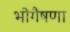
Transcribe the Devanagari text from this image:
भोगैषणा